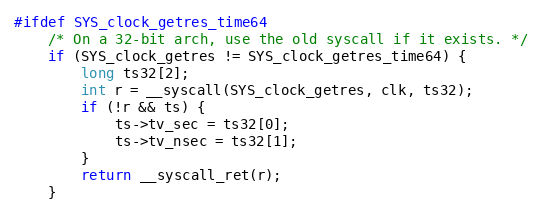
Language: C
#ifdef SYS_clock_getres_time64
	/* On a 32-bit arch, use the old syscall if it exists. */
	if (SYS_clock_getres != SYS_clock_getres_time64) {
		long ts32[2];
		int r = __syscall(SYS_clock_getres, clk, ts32);
		if (!r && ts) {
			ts->tv_sec = ts32[0];
			ts->tv_nsec = ts32[1];
		}
		return __syscall_ret(r);
	}